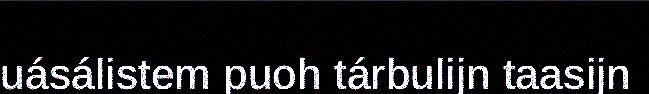
uásálistem puoh tárbulijn taasijn